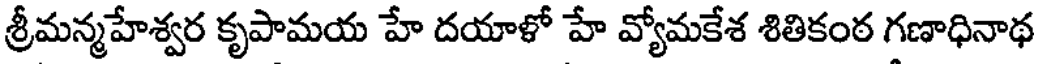
శ్రీమన్మహేశ్వర కృపామయ హే దయాళో హే వ్యోమకేశ శితికంఠ గణాధినాథ